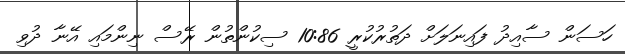
ހަސަން ސާއިދު ފައިނަލަށް ދަތުރުކުރީ 10:86 ސިކުންތުން ރޭސް ނިންމައި އޭނާ ދުވި